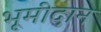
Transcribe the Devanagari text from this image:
भूमीदान